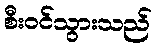
စီးဝင်သွားသည်